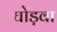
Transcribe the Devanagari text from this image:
घोड़वा